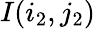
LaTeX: I(i_{2},j_{2})